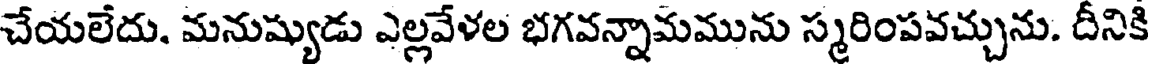
చేయలేదు. మనుష్యుడు ఎల్లవేళల భగవన్నామమును స్మరింపవచ్చును. దీనికి